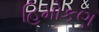
હિમોકણ